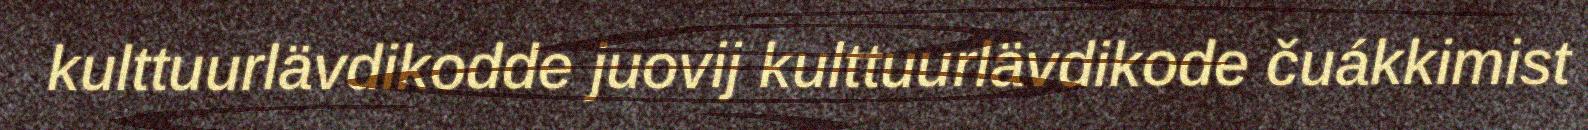
kulttuurlävdikodde juovij kulttuurlävdikode čuákkimist